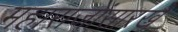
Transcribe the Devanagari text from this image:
महाराजांसारखे